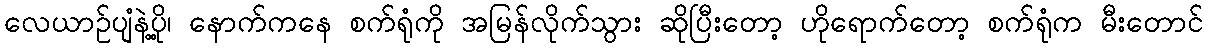
လေယာဉ်ပျံနဲ့ပို့၊ နောက်ကနေ စက်ရုံကို အမြန်လိုက်သွား ဆိုပြီးတော့ ဟိုရောက်တော့ စက်ရုံက မီးတောင်